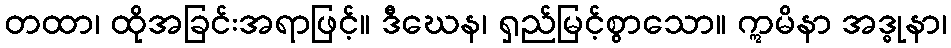
တထာ၊ ထိုအခြင်းအရာဖြင့်။ ဒီဃေန၊ ရှည်မြင့်စွာသော။ ဣမိနာ အဒ္ဓုနာ၊